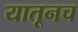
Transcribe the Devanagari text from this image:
यातूनच